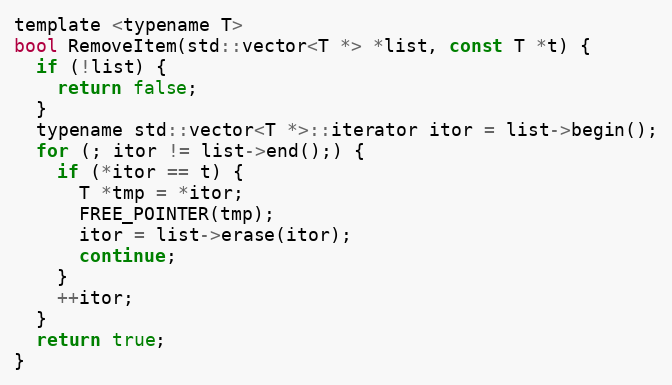
Language: C
template <typename T>
bool RemoveItem(std::vector<T *> *list, const T *t) {
  if (!list) {
    return false;
  }
  typename std::vector<T *>::iterator itor = list->begin();
  for (; itor != list->end();) {
    if (*itor == t) {
      T *tmp = *itor;
      FREE_POINTER(tmp);
      itor = list->erase(itor);
      continue;
    }
    ++itor;
  }
  return true;
}